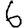
Digit: 6